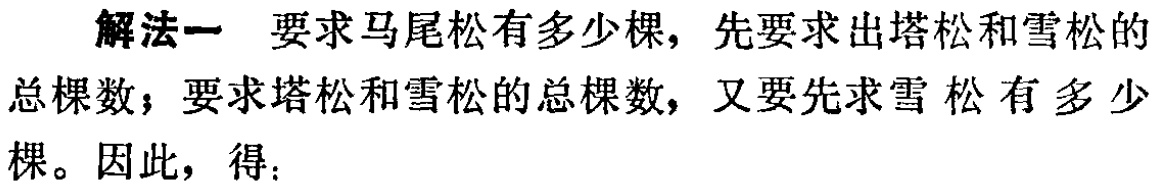
解法一 要求马尾松有多少棵，先要求出塔松和雪松的总棵数；要求塔松和雪松的总棵数，又要先求雪松有多少棵。因此，得：